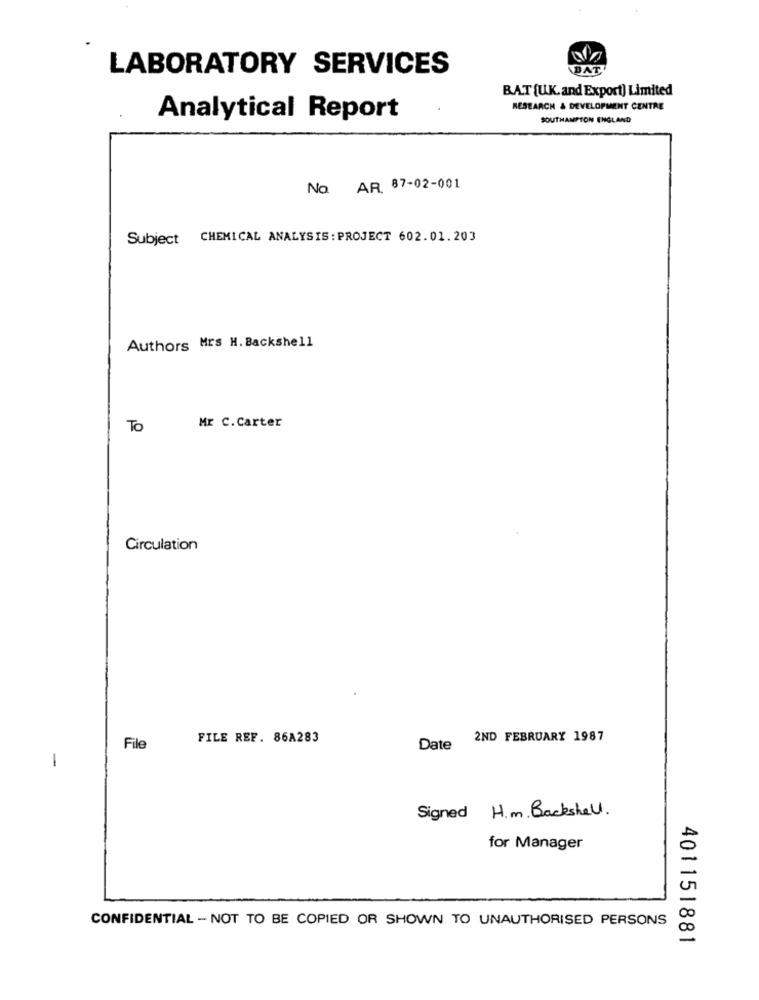
LABORATORY SERVICES
BAT
BAT [U.K. and Export) Limited
RESEARCH & DEVELOPMENT CENTRE
Analytical Report
SOUTHAMPTON ENGLAND
No AR. 87-02-001
Subject CHEMICAL ANALYSIS: PROJECT 602.01.203
Authors Mrs H. Backshell
To
Mr C.Carter
Circulation
FILE REF. 86A283
2ND FEBRUARY 1987
File
Date
1
Signed H.m. Backshell.
for Manager
CONFIDENTIAL - NOT TO BE COPIED OR SHOWN TO UNAUTHORISED PERSONS
401151881